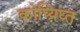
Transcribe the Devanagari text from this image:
कोप्य्रिघ्त